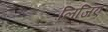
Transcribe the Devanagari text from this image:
लिजिए